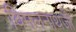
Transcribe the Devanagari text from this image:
विमलनाथजी